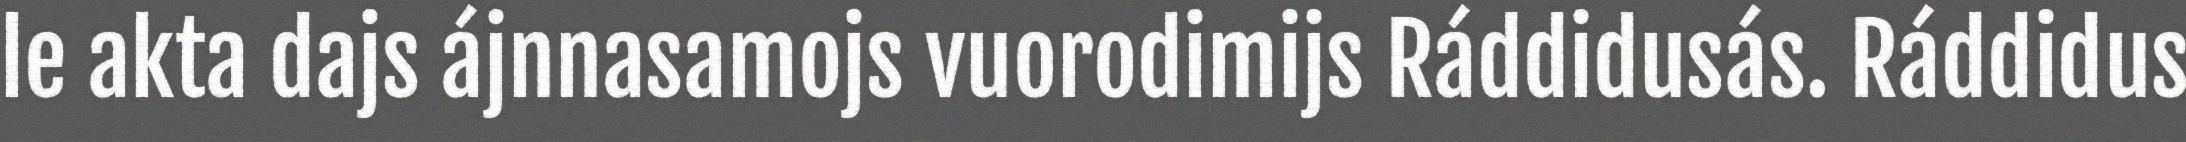
le akta dajs ájnnasamojs vuorodimijs Ráddidusás. Ráddidus